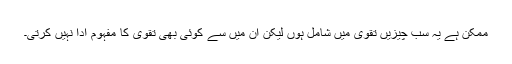
ممکن ہے یہ سب چیزیں تقوی میں شامل ہوں لیکن ان میں سے کوئی بھی تقوی کا مفہوم ادا نہیں کرتی۔